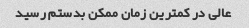
عالی در کمترین زمان ممکن بدستم رسید